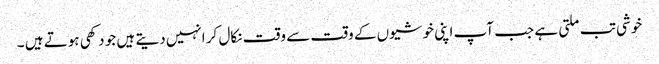
خوشی تب ملتی ہے جب آپ اپنی خوشیوں کے وقت سے وقت نکال کر انہیں دیتے ہیں جو دکھی ہوتے ہیں ۔